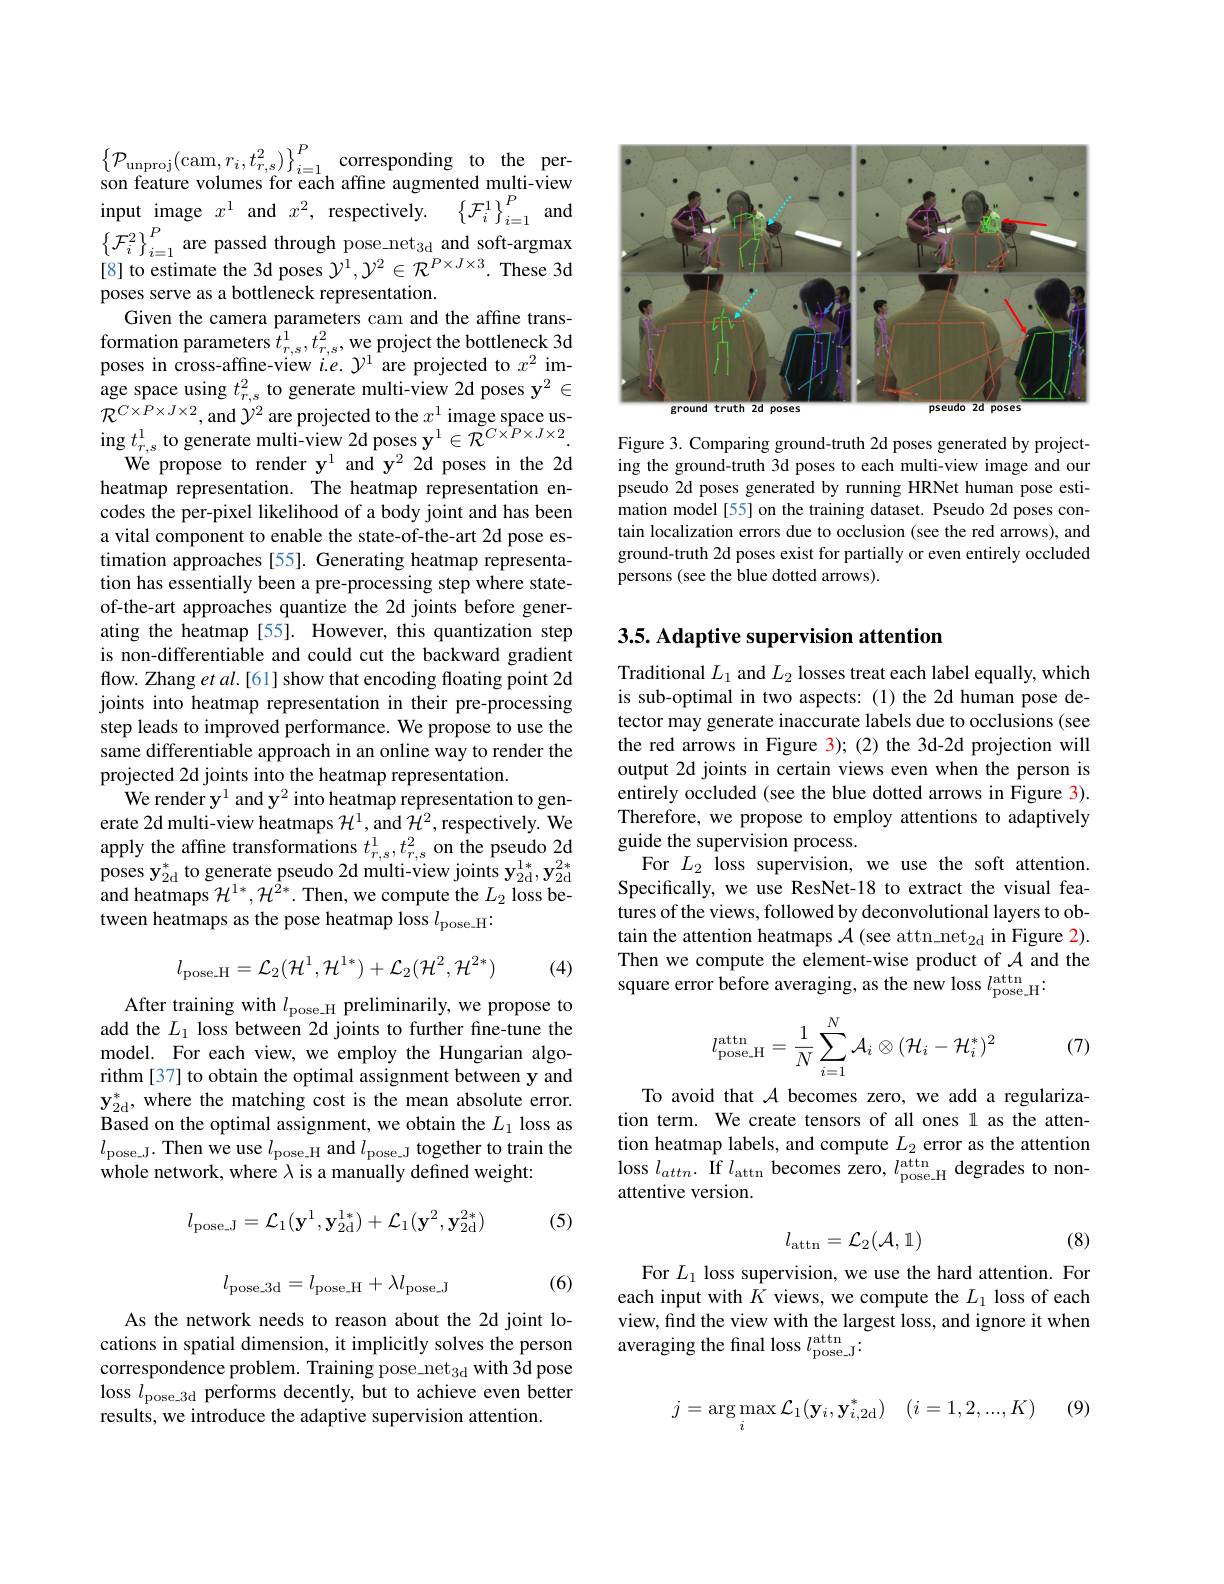
$\left\{\mathcal{P}_{\mathrm{unproj}}(\operatorname{cam},r_{i},t_{r,s}^{2})\right\}_{i=1}^{P}$corresponding to the person feature volumes for each affine augmented multi-view input image $x^1$ and $x^2$, respectively. $\left \{ \mathcal{F} _{i}^{1}\right \} _{i= 1}^{P}$and $\left\{\mathcal{F}_i^2\right\}_{i=1}^P$are passed through pose\_net$_3$d and soft-argmax[8] to estimate the 3d poses $\mathcal{Y}^1,\mathcal{Y}^2\in\mathcal{R}^{P\times J\times3}.$ These 3d poses serve as a bottleneck representation.
Given the camera parameters cam and the affine trans- $\begin{array}{l}{\text{formation parameters }t_{r,s}^{1},t_{r,s}^{2},\text{we project the bottleneck 3d}}\\{\text{poses in cross-affine-view }i.e.~\mathcal{Y}^{1}}\end{array}$ age space using $t_r,s^2$ to generate multi-view 2d poses $\mathbf{y}^2\in$ $\mathcal{R}^{C\times P\times J\times2}$,and $\mathcal{Y}^2$ are projected to the $x^1$ image space us- $\operatorname{ing}t_{r,s}^{1}$ to generate multi-view 2d poses $\mathbf{y}^1\in\tilde{\mathcal{R}}^{C\times\hat{P}\times J\times2}.$
We propose to render y$^1$ and y$^2$ 2d poses in the 2d heatmap representation. The heatmap representation encodes the per-pixel likelihood of a body joint and has been a vital component to enable the state-of-the-art 2d pose estimation approaches [55]. Generating heatmap representation has essentially been a pre-processing step where stateof-the-art approaches quantize the 2d joints before generating the heatmap [55]. However, this quantization step is non-differentiable and could cut the backward gradient flow. Zhang et al.[61] show that encoding floating point 2d joints into heatmap representation in their pre-processing step leads to improved performance. We propose to use the same differentiable approach in an online way to render the projected 2d joints into the heatmap representation.
We render $\mathbf{y}^{1}$ and y$^2$ into heatmap representation to generate 2d multi-view heatmaps $\mathcal{H}^1$,and $\mathcal{H}^2$,respectively. We apply the affine transformations $t_{r,s}^1,t_{r,s}^2$ on the pseudo 2d poses $\mathbf{y}_{2\mathrm{d}}^{*}$ to generate pseudo 2d multi-view joints $\mathbf{y}_{2\mathrm{d}}^{1*},\mathbf{y}_{2\mathrm{d}}^{2*}$ and heatmaps $\mathcal{H}^{1*},\mathcal{H}^{\hat{2}*}.$ Then, we compute the $L_2$ loss between heatmaps as the pose heatmap loss $l_\mathrm{pose\_H}.$
$$l_{\mathrm{pose.H}}=\mathcal{L}_{2}(\mathcal{H}^{1},\mathcal{H}^{1*})+\mathcal{L}_{2}(\mathcal{H}^{2},\mathcal{H}^{2*})$$
(4)

After training with $l_\mathrm{pose\_H}$ preliminarily, we propose to add the $L_1$ loss between 2d joints to further fine-tune the model. For each view, we employ the Hungarian algorithm [37] to obtain the optimal assignment between y and $\mathbf{y}_{2\mathrm{d}}^{*}$, where the matching cost is the mean absolute error. Based on the optimal assignment, we obtain the $L_1$ loss as $l_{\mathrm{pose\_J.~Then~we~use~}l_{\mathrm{pose\_H~and~}}l_{\mathrm{pose\_J~together~to~train~the}}}$ whole network, where $\lambda$ is a manually defined weight:

(5)
$$l_{\mathrm{pose_J}}=\mathcal{L}_1(\mathbf{y}^1,\mathbf{y}_{2\mathrm{d}}^{1*})+\mathcal{L}_1(\mathbf{y}^2,\mathbf{y}_{2\mathrm{d}}^{2*})$$
$$l_{\mathrm{pose_3d}}=l_{\mathrm{pose_H}}+\lambda l_{\mathrm{pose_J}}$$
(6)

As the network needs to reason about the 2d joint locations in spatial dimension, it implicitly solves the person correspondence problem. Training pose net$_3$d with 3d pose loss $l_\mathrm{pose\_3d}$ performs decently, but to achieve even better results, we introduce the adaptive supervision attention.

<FigureHere>

Figure 3. Comparing ground-truth 2d poses generated by projecting the ground-truth 3d poses to each multi-view image and our pseudo 2d poses generated by running HRNet human pose estimation model [55] on the training dataset. Pseudo 2d poses contain localization errors due to occlusion (see the red arrows), and ground-truth 2d poses exist for partially or even entirely occluded persons (see the blue dotted arrows).

## 3.5. Adaptive supervision attention

Traditional $L_1$ and $L_2$ losses treat each label equally, which is sub-optimal in two aspects:(1) the 2d human pose detector may generate inaccurate labels due to occlusions (see the red arrows in Figure 3);(2) the 3d-2d projection will output 2d joints in certain views even when the person is entirely occluded (see the blue dotted arrows in Figure 3). Therefore, we propose to employ attentions to adaptively guide the supervision process.
For $L_2$ loss supervision, we use the soft attention. Specifically, we use ResNet-18 to extract the visual features of the views, followed by deconvolutional layers to obtain the attention heatmaps $\mathcal{A}($see attn net$_2$d in Figure 2). Then we compute the element-wise product of $\mathcal{A}$ and the square error before averaging, as the new loss $l_\mathrm{pose\_H}^\mathrm{attn}.$
$$l_{\text{pose H}}^{\text{attn}}=\dfrac{1}{N}\sum_{i=1}^{N}\mathcal{A}_{i}\otimes(\mathcal{H}_{i}-\mathcal{H}_{i}^{*})^{2}$$
(7)

To avoid that $\mathcal{A}$ becomes zero, we add a regularization term. We create tensors of all ones 1 as the atten- $\begin{array}{l}{\text{tion heatmap labels, and compute }L_{2}\mathrm{~error~as~the~attention}}\\{\mathrm{loss~}l_{attn}.\mathrm{~If~}l_{\mathrm{attn~}}\mathrm{~becomes~zero,~}l_{\mathrm{pose\_H}}^{\mathrm{attn}}\mathrm{~degrades~to~non-}}\end{array}$ attentive version.
$$l_{\mathrm{attn}}=\mathcal{L}_{2}(\mathcal{A},\mathbb{1})$$
(8)

For $L_1$ loss supervision, we use the hard attention. For each input with $K$ views, we compute the $L_1$ loss of each view, find the view with the largest loss, and ignore it when averaging the final loss $l_\mathrm{pose\_J}^\mathrm{attn}.$
$$j=\arg\max_{i}\mathcal{L}_{1}(\mathbf{y}_{i},\mathbf{y}_{i,2\text{d}}^{*})\quad(i=1,2,...,K)$$
(9)